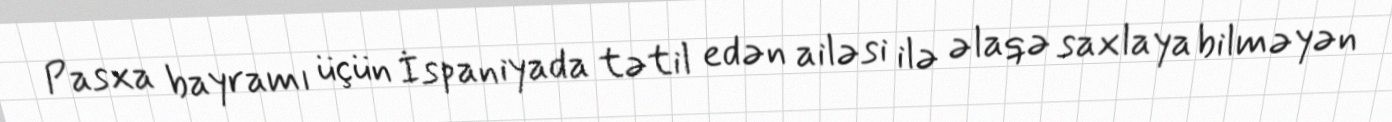
Pasxa bayramı üçün İspaniyada tətil edən ailəsi ilə əlaqə saxlaya bilməyən